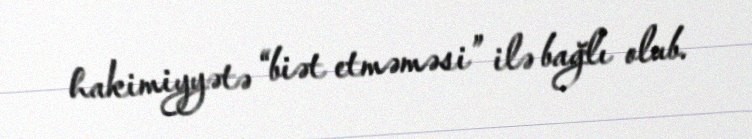
hakimiyyətə “biət etməməsi” ilə bağlı olub.